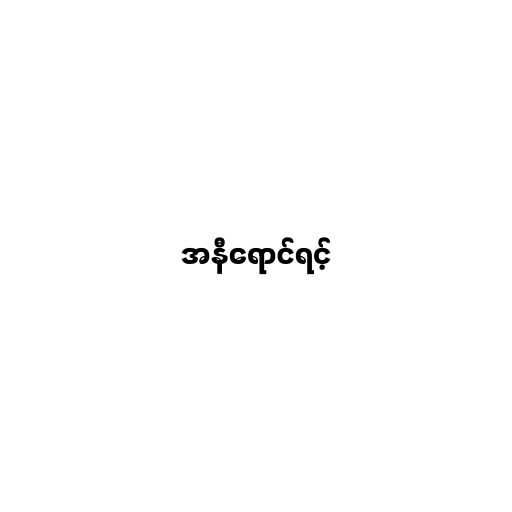
အနီရောင်ရင့်